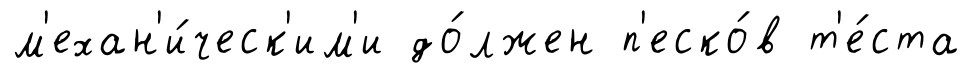
м'ехан'и́ческ'им'и до́лжен п'еско́в т'е́ста